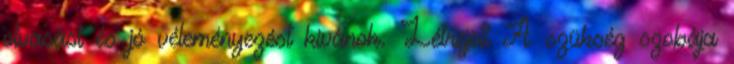
olvasást és jó véleményezést kívánok. Létrejött A szükség szobája